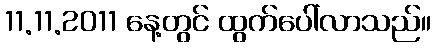
11.11.2011 နေ့တွင် ထွက်ပေါ်လာသည်။